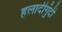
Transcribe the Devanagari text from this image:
हलादीगुंदी